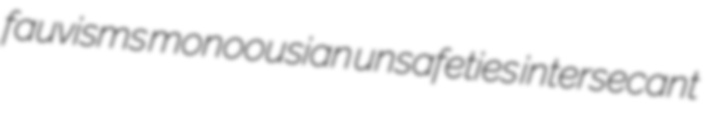
fauvisms monoousian unsafeties intersecant